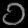
Digit: ၁